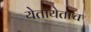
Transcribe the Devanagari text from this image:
येतायेताच